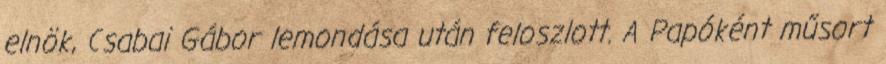
elnök, Csabai Gábor lemondása után feloszlott. A Papóként műsort